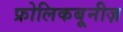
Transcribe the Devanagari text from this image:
फ्रोलिकबूनीज़